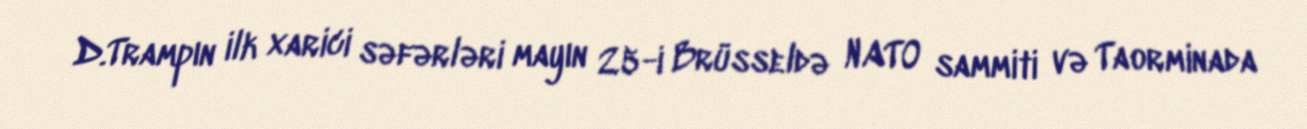
D.Trampın ilk xarici səfərləri mayın 25-i Brüsseldə NATO sammiti və Taorminada